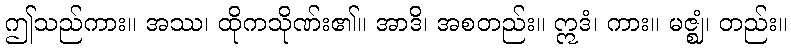
ဤသည်ကား။ အဿ၊ ထိုကသိုဏ်း၏။ အာဒိ၊ အစတည်း။ ဣဒံ၊ ကား။ မဇ္ဈံ၊ တည်း။